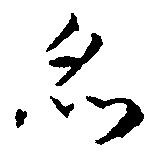
亦